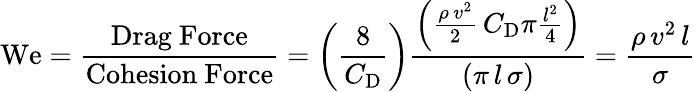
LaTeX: \mathrm{We}={\frac{\mathrm{Drag~Force}}{\mathrm{Cohesion~Force}}}=\left({\frac{8}{C_{\mathrm{D}}}}\right){\frac{\left({\frac{\rho\, v^{2}}{2}}\, C_{\mathrm{D}}\pi{\frac{l^{2}}{4}}\right)}{\left(\pi\, l\, \sigma\right)}}={\frac{\rho\, v^{2}\, l}{\sigma}}